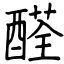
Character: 醛